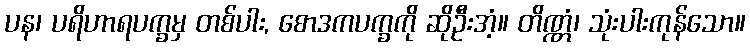
ပန၊ ပရိဟာရပက္ခမှ တစ်ပါး, စောဒကပက္ခကို ဆိုဦးအံ့။ တိဏ္ဏံ၊ သုံးပါးကုန်သော။